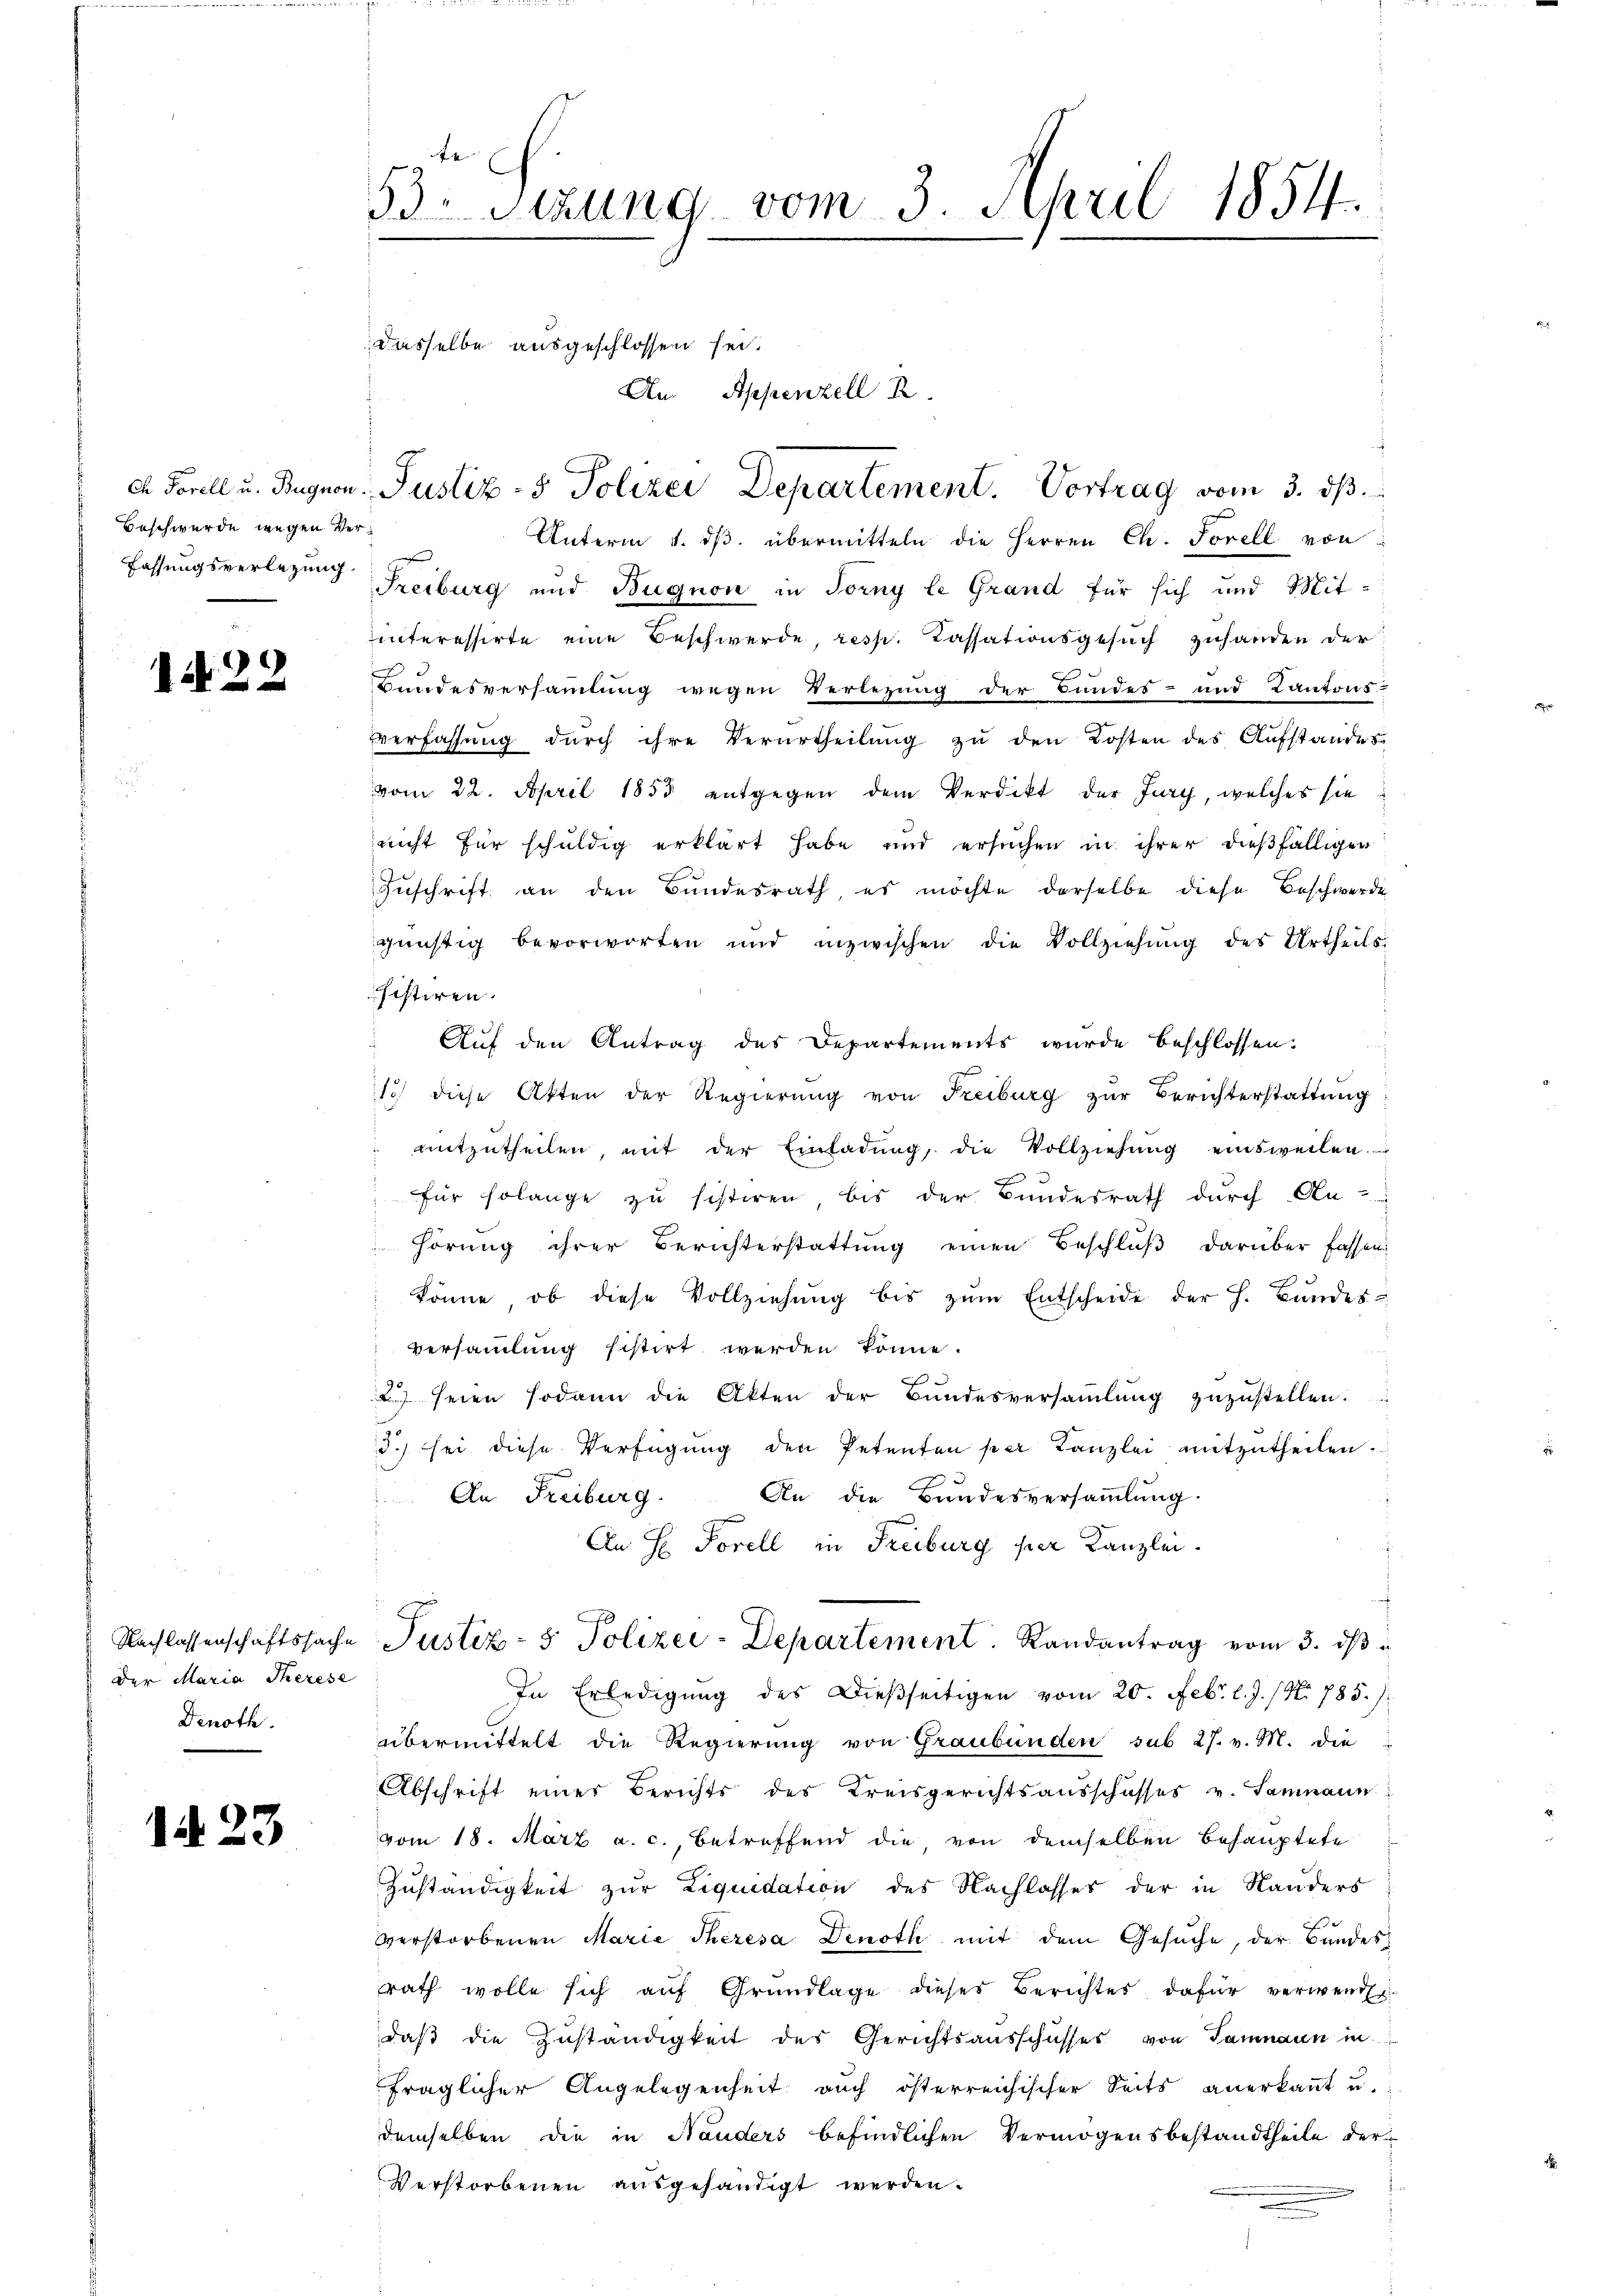
Beschwerde wegen Ver¬
Fassungsverlegung.

1428

der Maria Therese
Denoth

1. 23

53 Sizung vom 3. April 1854.

dasselbe ausgeschlossen sei.
An. Appenzell R

Unterm 4. dβ übermitteln die Herren Ch. Forell von
Freiburg und Bugnon in Torny le Grand für sich und Mitinteressirte eine Beschwerde, resp. Cassationsgesuch zuhanden der
Bundesversammlung wegen Verlegung der Bundes- und Kantons-
verfassung durch ihre Verurtheilung zu den Kosten des Aufstandes
vom 22. April 1855 entgegen dem Verdikt der Jury, welches sie
nicht für schuldig erklärt habe und ersuchen in ihrer dießfälligen
Zuschrift an den Bundesrath, es möchte derselbe diese Beschwerde
günstig bevorworten und inzwischen die Vollziehŭng des Urtheils-
histiren.
Auf den Antrag des Departements wurde beschlossen:
Ich diese Atten der Regierung von Freiburg zur Berichterstattung
mitzŭtheilen, mit der Einladŭng, die Vollziehŭng einsweilen.
für solange zu sistiren bis der Bundesrath durch An-
hörung ihrer Berichterstattŭng einen Beschlŭβ darüber fassen
könne, ob diese Vollziehŭng bis zŭm Entscheide der h. Bŭndes-
Versammlung histirt werden könne.
.
u seien sodann die Akten der Bŭndesversaṁlŭng zŭzŭstellen.
d.) sei diese Verfügŭng den Petenten per Kanzlei mitzŭtheilen.
An die Bundesversammlung.
An Freiburg.
An H. Forell in Freiburg hier Kanzlei.
Nachlassenschaftssache Justiz- & Polizei-Departement. Landantrag vom 3. dβ
In Erledigung des Dießseitigen vom 20. Febr. l. J. (N. 785. /:
übermittelt die Regierung von Graubünden sub 27. v. M. die
Abschrift eines Berichts des Kreisgerichtsausschusses v. Samnaun
vom 18. März a. c., betreffend die, von demselben Behauptete
Zuständigkeit zur Liquidation des Nachlasses der in Rauders
f
verstorbenen Marie Theresa Denoth mit dem Gesuche, der Bundesrath wolle sich auf Grundlage dieses Berichtes, dafür verwende
daß die Zuständigkeit des Gerichtsausschusses von Samnaun in
fraglicher Angelegenheit auch österreichischer Seits anerkaṅt u.
demselben die in Handers befindlichen Vermögensbestandtheile der¬
Verstorbenen ausgehändigt werden.

ch Forell u. Bugnon: Justiz- & Polizei Departement. Vortrag vom 3. ds.